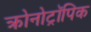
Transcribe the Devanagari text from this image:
क्रोनोट्रॉपिक